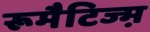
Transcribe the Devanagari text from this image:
रूमैटिज्म़